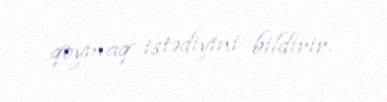
qoymaq istədiyini bildirir.